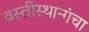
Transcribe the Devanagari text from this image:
वस्तीस्थानांचा